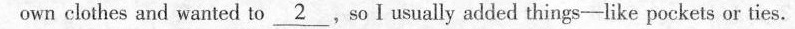
own clothes and wanted to_2_，so I usually added things-like pockets or ties.